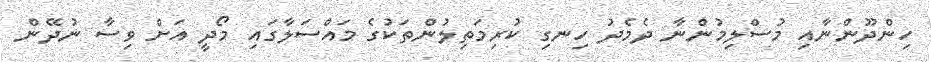
ހިންދޫންނާއި މުސްލިމުންނާ ދެމެދު ހިނގި ކުރިމަތިލުންތަކުގެ މައްސަލާގައި މޯދީ އަށް ވިސާ ނުދޭން